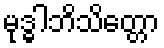
မုဒ္ဓါဘိသိတ္တော